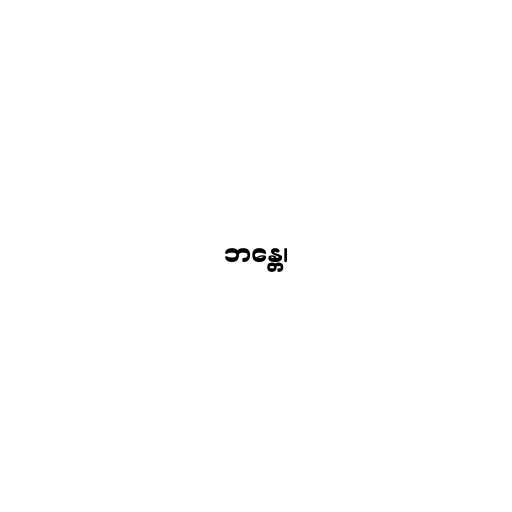
ဘန္တေ၊